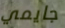
جايمي